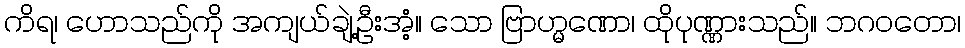
ကိရ၊ ဟောသည်ကို အကျယ်ချဲ့ဦးအံ့။ သော ဗြာဟ္မဏော၊ ထိုပုဏ္ဏားသည်။ ဘဂဝတော၊